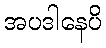
အပဒါနေပိ